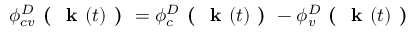
\phi _ { c v } ^ { D } \textbf { ( } \textbf { k } ( t ) \textbf { ) } = \phi _ { c } ^ { D } \textbf { ( } \textbf { k } ( t ) \textbf { ) } - \phi _ { v } ^ { D } \textbf { ( } \textbf { k } ( t ) \textbf { ) }